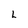
Character: L